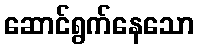
ဆောင်ရွက်နေသော